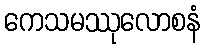
ကေသမဿုလောစနံ